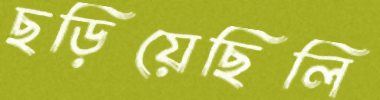
ছড়িয়েছিলি